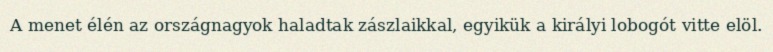
A menet élén az országnagyok haladtak zászlaikkal, egyikük a királyi lobogót vitte elöl.